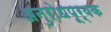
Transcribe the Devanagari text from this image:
अनुरोधपूर्वक